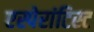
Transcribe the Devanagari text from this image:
एस्पेरांटिस्ट